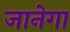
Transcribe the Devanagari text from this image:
जानेगा